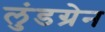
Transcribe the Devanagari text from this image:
लुंडग्रेन